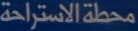
محلةالاستراحة